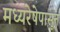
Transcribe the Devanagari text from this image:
मध्यरेषेपासून